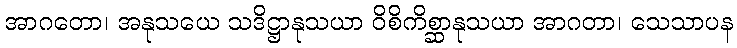
အာဂတော၊ အနုသယေ သဒိဋ္ဌာနုသယာ ဝိစိကိစ္ဆာနုသယာ အာဂတာ၊ သေသာပန